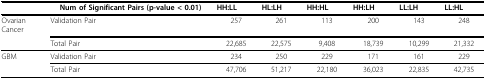
<table><thead><tr><td></td><td><b>Num of Significant Pairs (p-value &lt; 0.01)</b></td><td><b>HH:LL</b></td><td><b>HL:LH</b></td><td><b>HH:HL</b></td><td><b>HH:LH</b></td><td><b>LL:LH</b></td><td><b>LL:HL</b></td></tr></thead><tbody><tr><td>OvarianCancer</td><td>Validation Pair</td><td>257</td><td>261</td><td>113</td><td>200</td><td>143</td><td>248</td></tr><tr><td></td><td>Total Pair</td><td>22,685</td><td>22,575</td><td>9,408</td><td>18,739</td><td>10,299</td><td>21,332</td></tr><tr><td>GBM</td><td>Validation Pair</td><td>234</td><td>250</td><td>229</td><td>171</td><td>161</td><td>229</td></tr><tr><td></td><td>Total Pair</td><td>47,706</td><td>51,217</td><td>22,180</td><td>36,023</td><td>22,835</td><td>42,735</td></tr></tbody></table>